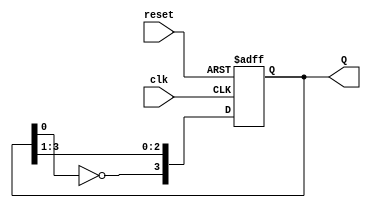
module JohnsonCounter (
    input wire clk,        // Clock input
    input wire reset,      // Asynchronous reset
    output reg [3:0] Q     // 4-bit output representing the counter state
);

// Sequential logic for the Johnson counter
always @(posedge clk or posedge reset) begin
    if (reset) begin
        Q <= 4'b0000;      // Reset the counter to 0000
    end else begin
        Q[3] <= ~Q[0];     // Feedback: Invert the last flip-flop output to the first
        Q[2] <= Q[3];      // Shift the state
        Q[1] <= Q[2];      // Shift the state
        Q[0] <= Q[1];      // Shift the state
    end
end

endmodule